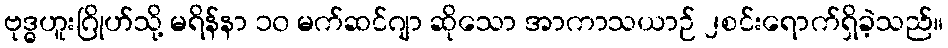
ဗုဒ္ဓဟူးဂြိုဟ်သို့ မရိန်နာ ၁၀ မက်ဆင်ဂျာ ဆိုသော အာကာသယာဉ် ၂စင်းရောက်ရှိခဲ့သည်။